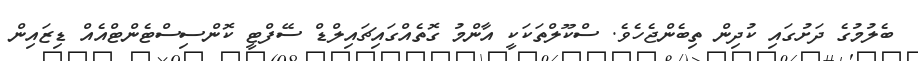
ބެލުމުގެ ދަށުގައި ކުދިން ތިބެންޖެހެވެ. ސްކޫލްތަކަކީ އާންމު ގޮތެއްގައިޗައިލްޑް ސޭފްޓީ ކޮންސިސްޓެންޓްއެއް ޑިޒައިން